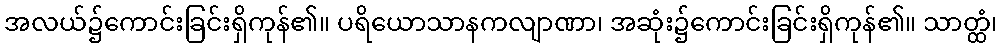
အလယ်၌ကောင်းခြင်းရှိကုန်၏။ ပရိယောသာနကလျာဏာ၊ အဆုံး၌ကောင်းခြင်းရှိကုန်၏။ သာတ္ထံ၊